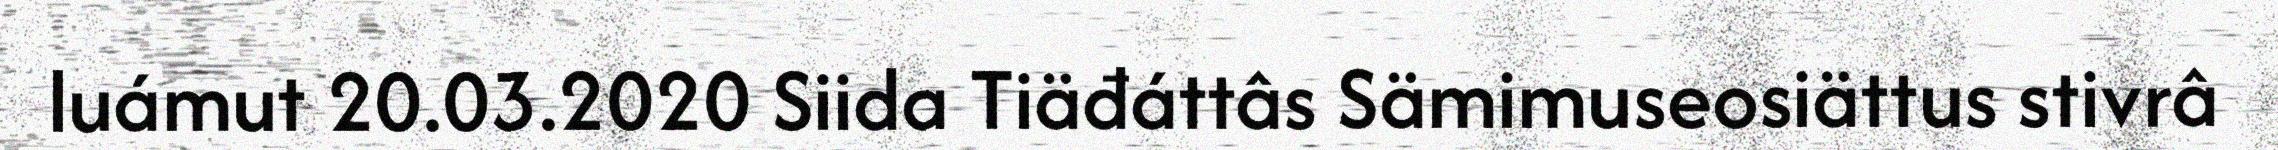
luámut 20.03.2020 Siida Tiäđáttâs Sämimuseosiättus stivrâ